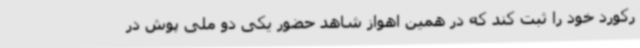
رکورد خود را ثبت کند که در همین اهواز شاهد حضور یکی دو ملی پوش در